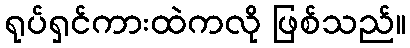
ရုပ်ရှင်ကားထဲကလို ဖြစ်သည်။